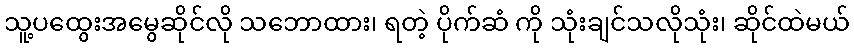
သူ့ပထွေးအမွေဆိုင်လို သဘောထား၊ ရတဲ့ ပိုက်ဆံ ကို သုံးချင်သလိုသုံး၊ ဆိုင်ထဲမယ်